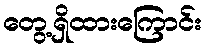
တွေ့ရှိထားကြောင်း